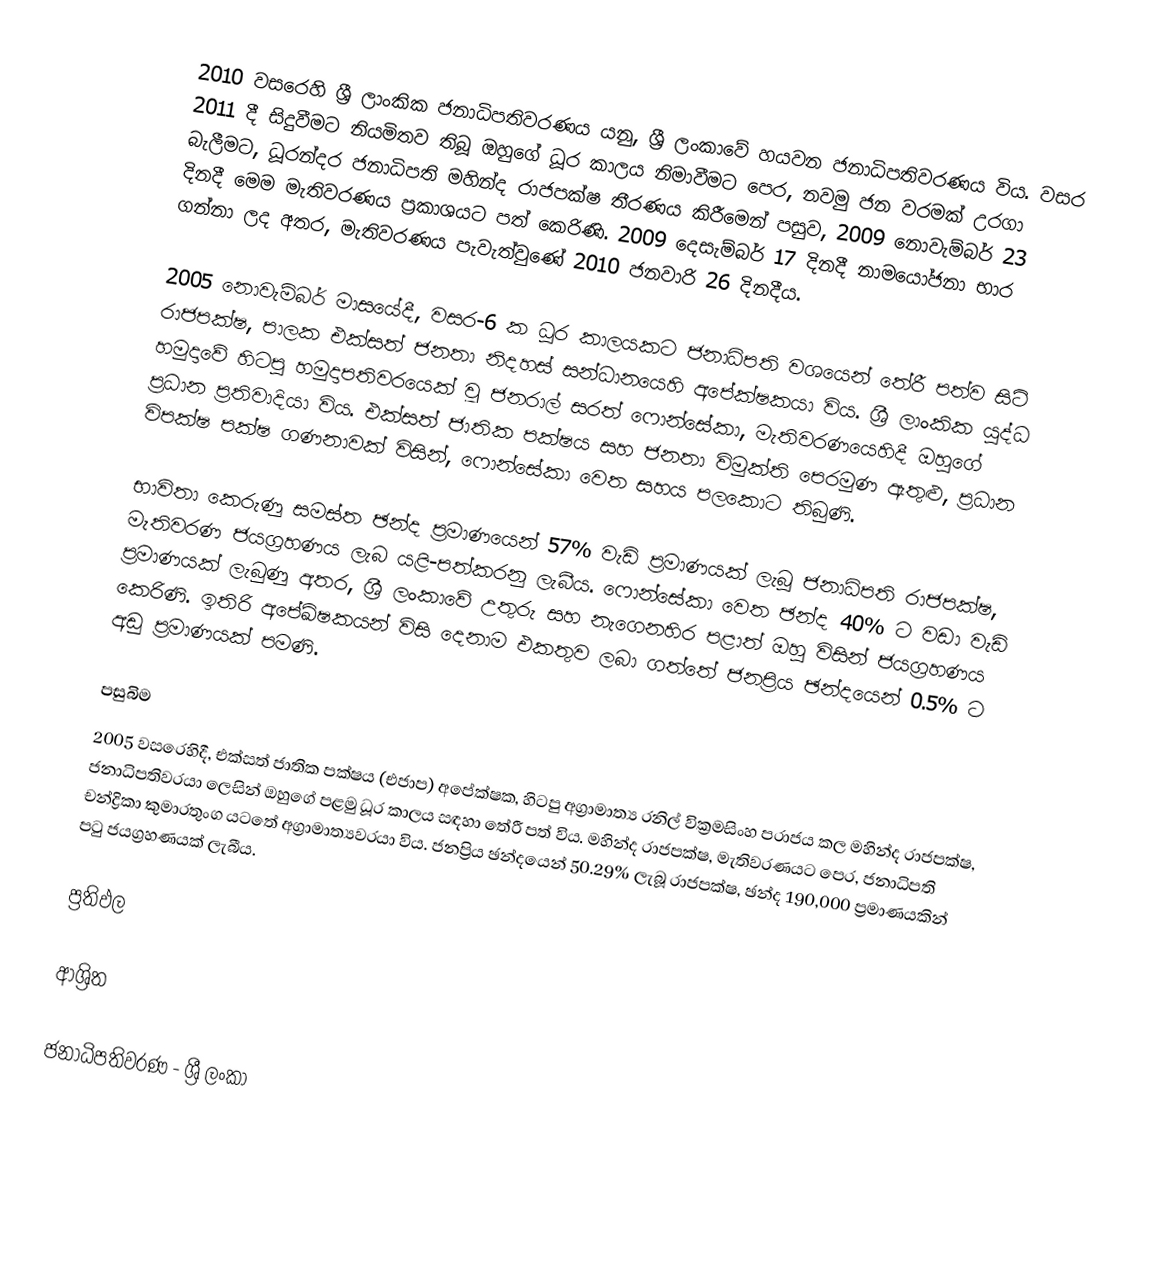
2010 වසරෙහි ශ්‍රී ලාංකික ජනාධිපතිවරණය යනු,  ශ්‍රී ලංකාවේ හයවන ජනාධිපතිවරණය විය. වසර 2011 දී සිදුවීමට නියමිතව තිබූ ඔහුගේ ධූර කාලය නිමාවීමට පෙර, නවමු ජන වරමක් උරගා බැලීමට, ධූරන්දර ජනාධිපති  මහින්ද රාජපක්ෂ තීරණය කිරීමෙන් පසුව, 2009 නොවැම්බර් 23 දිනදී මෙම මැතිවරණය ප්‍රකාශයට පත් කෙරිණි.  2009 දෙසැම්බර් 17 දිනදී නාමයෝජනා භාර ගන්නා ලද අතර, මැතිවරණය පැවැත්වුණේ 2010 ජනවාරි 26 දිනදීය.

2005 නොවැම්බර් මාසයේදී, වසර-6 ක ධූර කාලයකට ජනාධිපති වශයෙන් තේරී පත්ව සිටි රාජපක්ෂ, පාලක එක්සත් ජනතා නිදහස් සන්ධානයෙහි අපේක්ෂකයා විය. ශ්‍රී ලාංකික යුද්ධ හමුදාවේ හිටපු හමුදාපතිවරයෙක් වූ ජනරාල් සරත් ෆොන්සේකා, මැතිවරණයෙහිදී ඔහුගේ ප්‍රධාන ප්‍රතිවාදියා විය. එක්සත් ජාතික පක්ෂය සහ ජනතා විමුක්ති පෙරමුණ ඇතුළු, ප්‍රධාන විපක්ෂ පක්ෂ ගණනාවක් විසින්, ෆොන්සේකා වෙත සහය පලකොට තිබුණි.

භාවිතා කෙරුණු සමස්ත ඡන්ද ප්‍රමාණයෙන් 57% වැඩි ප්‍රමාණයක් ලැබූ ජනාධිපති රාජපක්ෂ, මැතිවරණ ජයග්‍රහණය ලැබ යළි-පත්කරනු ලැබීය. ෆොන්සේකා වෙත ඡන්ද  40% ට වඩා වැඩි ප්‍රමාණයක් ලැබුණු අතර, ශ්‍රී ලංකාවේ  උතුරු සහ නැගෙනහිර පළාත් ඔහු විසින් ජයග්‍රහණය කෙරිණි. ඉතිරි අපේඛ්ෂකයන් විසි දෙනාම එකතුව ලබා ගත්තේ ජනප්‍රිය ඡන්දයෙන්  0.5% ට අඩු ප්‍රමාණයක් පමණි.

පසුබිම
2005 වසරෙහිදී, එක්සත් ජාතික පක්ෂය (එජාප) අපේක්ෂක,  හිටපු අග්‍රාමාත්‍ය රනිල් වික්‍රමසිංහ පරාජය කල  මහින්ද රාජපක්ෂ,  ජනාධිපතිවරයා ලෙසින් ඔහුගේ පළමු ධූර කාලය සඳහා තේරී පත් විය. මහින්ද රාජපක්ෂ,  මැතිවරණයට පෙර, ජනාධිපති චන්ද්‍රිකා කුමාරතුංග යටතේ අග්‍රාමාත්‍යවරයා විය. ජනප්‍රිය ඡන්දයෙන් 50.29% ලැබූ රාජපක්ෂ, ඡන්ද  190,000 ප්‍රමාණයකින් පටු ජයග්‍රහණයක් ලැබීය.

ප්‍රතිඵල

ආශ්‍රිත

ජනාධිපතිවරණ - ශ්‍රී ලංකා